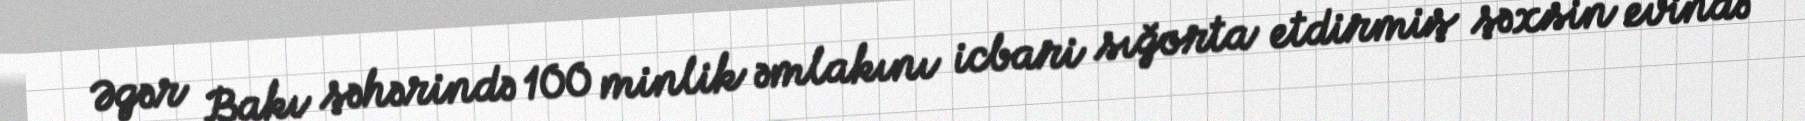
Əgər Bakı şəhərində 100 minlik əmlakını icbari sığorta etdirmiş şəxsin evində